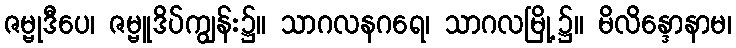
ဇမ္ဗုဒီပေ၊ ဇမ္ဗူဒိပ်ကျွန်း၌။ သာဂလနဂရေ၊ သာဂလမြို့၌။ မိလိန္ဒောနာမ၊